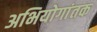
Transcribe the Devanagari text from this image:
अभियोगांतक